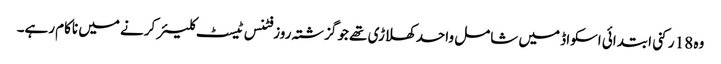
وہ 18 رکنی ابتدائی اسکواڈ میں شامل واحد کھلاڑی تھے جو گزشتہ روز فٹنس ٹیسٹ کلیئر کرنے میں ناکام رہے۔